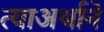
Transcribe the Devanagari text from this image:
त्याअर्थाने